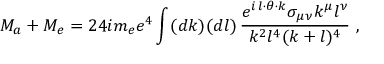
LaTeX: { \cal M } _ { a } + { \cal M } _ { e } = 2 4 i m _ { e } e ^ { 4 } \int ( d k ) ( d l ) \, \frac { e ^ { i \, l \cdot \theta \cdot k } \sigma _ { \mu \nu } k ^ { \mu } l ^ { \nu } } { { k ^ { 2 } l ^ { 4 } ( k + l ) ^ { 4 } } } \ ,